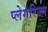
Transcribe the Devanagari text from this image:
प्लेगरिज्म